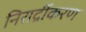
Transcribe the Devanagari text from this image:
निरार्द्रीकरण